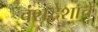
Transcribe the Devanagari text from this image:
वंशद्वेशाचे